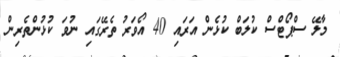
މާލޭ ސްޕޯޓްސް ކުލަބް ކުޅެން އަރައި 40 އޯވަރު ތެރޭގައި ނުވަ ކުޅުންތެރިން